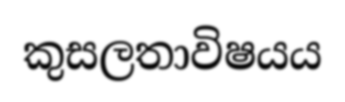
කුසලතාවිෂයය